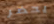
يحضر